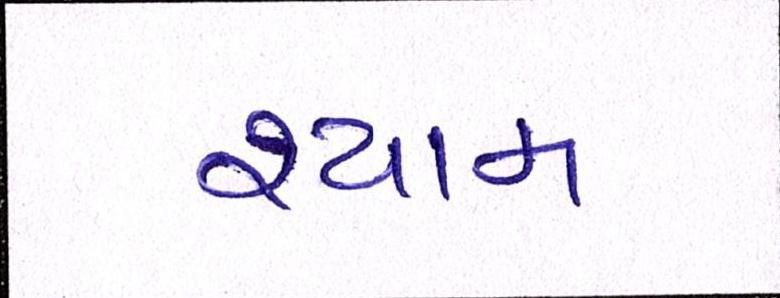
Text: શ્યામ